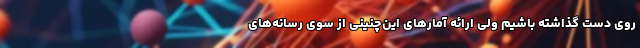
روی دست گذاشته باشیم ولی ارائه آمارهای این‌چنینی از سوی رسانه‌های